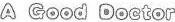
A Good Doctor